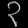
Digit: ၃